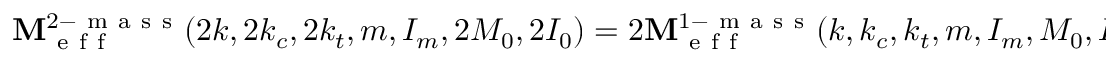
\mathbf { M } _ { \mathrm { ~ e ~ f ~ f ~ } } ^ { 2 - \mathrm { ~ m ~ a ~ s ~ s ~ } } ( 2 k , 2 k _ { c } , 2 k _ { t } , m , I _ { m } , 2 M _ { 0 } , 2 I _ { 0 } ) = 2 \mathbf { M } _ { \mathrm { ~ e ~ f ~ f ~ } } ^ { 1 - \mathrm { ~ m ~ a ~ s ~ s ~ } } ( k , k _ { c } , k _ { t } , m , I _ { m } , M _ { 0 } , I _ { 0 } ) \, .